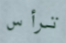
ترأس